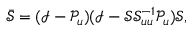
\bar { \mathcal { S } } = ( \mathcal { I } - \mathcal { P } _ { u } ) ( \mathcal { I } - \mathcal { S } \mathcal { S } _ { u u } ^ { - 1 } \mathcal { P } _ { u } ) \mathcal { S } ,